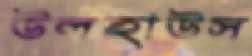
উলহাউস